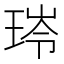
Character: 𮴟